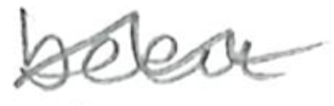
Text: been
Cross-out: wave
Writing tool: pencil